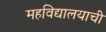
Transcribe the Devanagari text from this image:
महविद्यालयाची